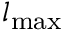
{ l } _ { \mathrm { m a x } }